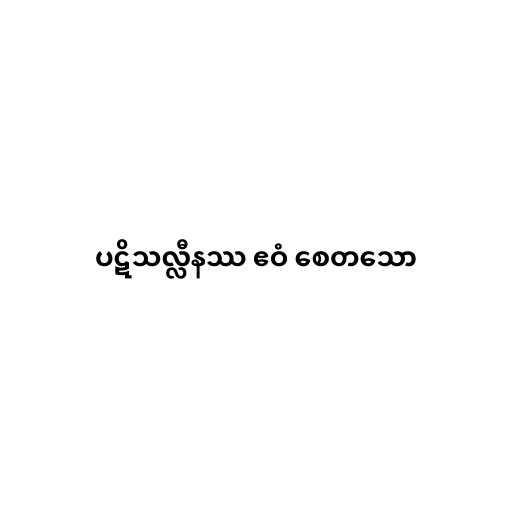
ပဋိသလ္လီနဿ ဧဝံ စေတသော